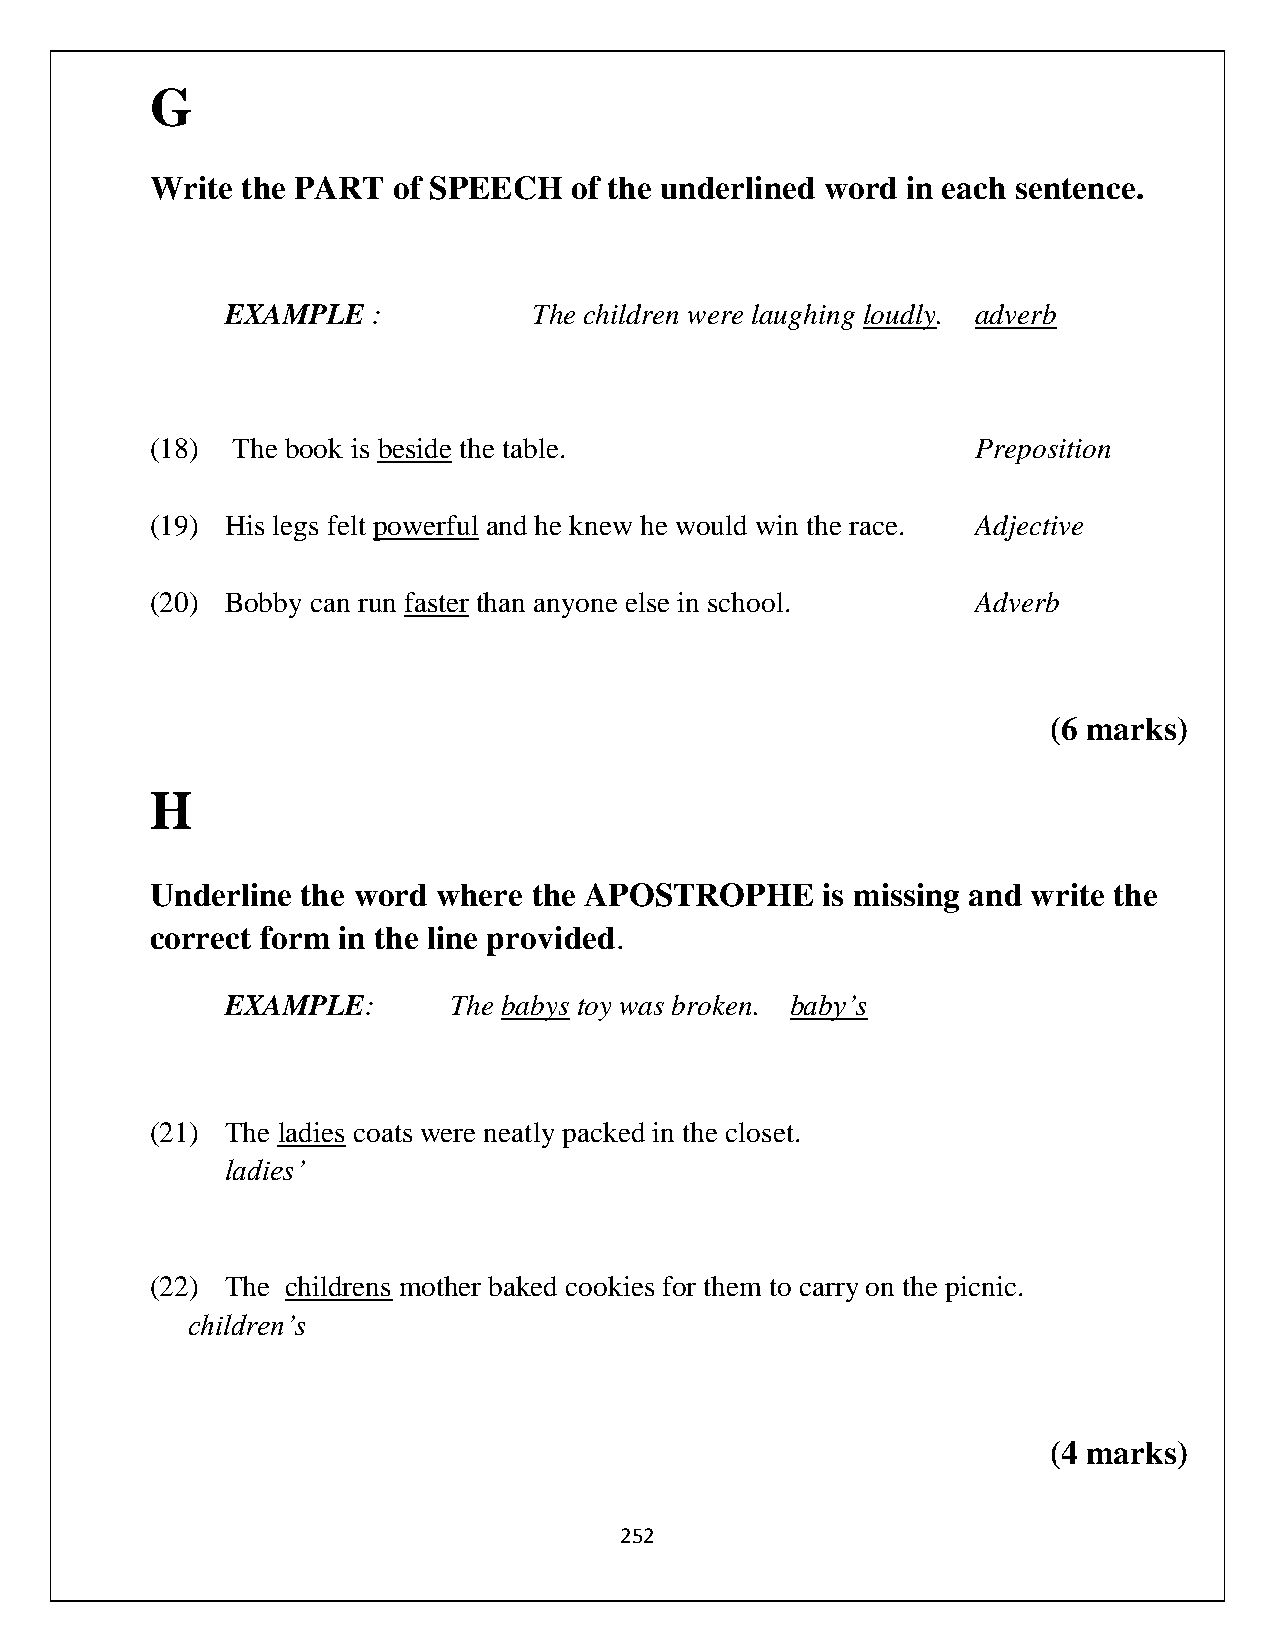
G
 Write the PART  of SPEECH   of the underlined word in each sentence.
 EXAMPLE   :         The children were laughing loudly. adverb
 (18) The book is beside the table.                     Preposition
 (19) His legs felt powerful and he knew he would win the race. Adjective
 (20) Bobby can run faster than anyone else in school.  Adverb
 (6 marks)
 H
 Underline the word where the APOSTROPHE     is missing and write the
 correct form in the line provided.
 EXAMPLE:       The babys toy was broken. baby’s
 (21) The ladies coats were neatly packed in the closet.
 ladies’
 (22) The childrens mother baked cookies for them to carry on the picnic.
 children’s
 (4 marks)
 252